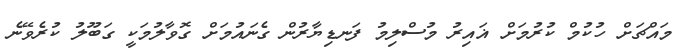
މައްޗަށް ހުކުމް ކުރުމަށް ޣައިރު މުސްލިމު ފަނޑިޔާރުން ގެނައުމަށް ގޮވާލުމަކީ ގަބޫލު ކުރެވޭނެ